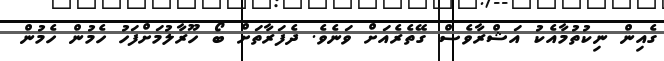
ގެއިން ނިކުތުމާއެކު އަޝްރާވެސް ގޭތެރެއަށް ވަނެވެ. ދެފަރާތަށް ބޯ ހޫރާލުމަށްފަހު ހެމުން ހެމުން